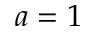
a = 1